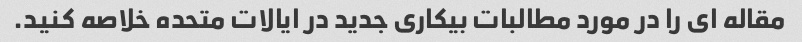
مقاله ای را در مورد مطالبات بیکاری جدید در ایالات متحده خلاصه کنید.